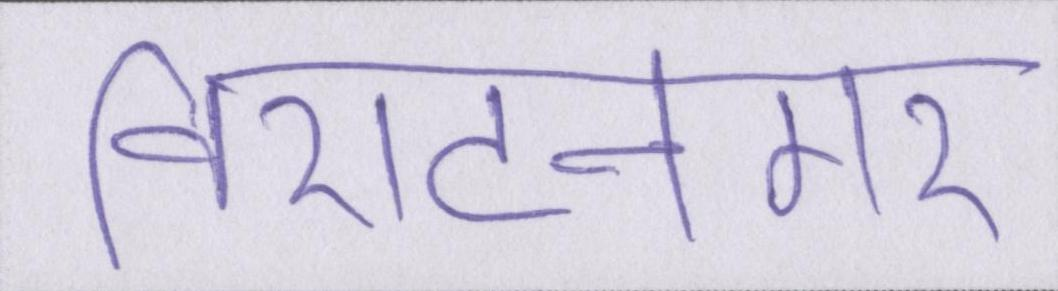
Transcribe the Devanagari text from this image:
विराटनगर